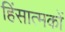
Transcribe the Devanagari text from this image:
हिंसात्मकों